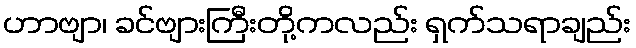
ဟာဗျာ၊ ခင်ဗျားကြီးတို့ကလည်း ရှက်သရာချည်း